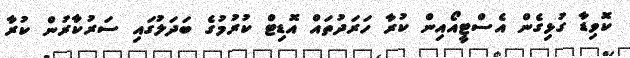
ކޮވިޑާ ގުޅިގެން އެސްޓީއޯއިން ކުރާ ހަރަދުތައް އޮޑިޓް ކުރުމުގެ ބަދަލުގައި ސަރުކާރުން ކުރާ